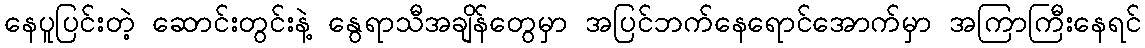
နေပူပြင်းတဲ့ ဆောင်းတွင်းနဲ့ နွေရာသီအချိန်တွေမှာ အပြင်ဘက်နေရောင်အောက်မှာ အကြာကြီးနေရင်